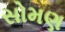
સોમણ